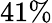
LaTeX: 41\%